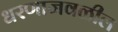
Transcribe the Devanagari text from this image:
धरणाजवळील